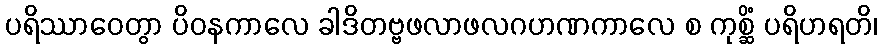
ပရိဿာဝေတွာ ပိဝနကာလေ ခါဒိတဗ္ဗဖလာဖလဂဟဏကာလေ စ ကုစ္ဆိံ ပရိဟရတိ၊